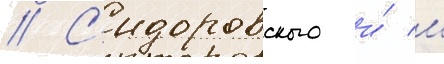
// С'идоровского и́ м